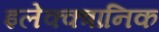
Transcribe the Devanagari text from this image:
इलेक्क्त्रानिक